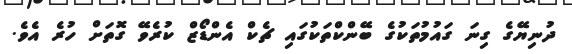
ދުނިޔޭގެ ގިނަ ގައުމުތަކުގެ ބޭންކްތަކުގައި ޗެކް އެންޑޯޒް ކުރެވޭ ގޮތަށް ހުރެ އެވެ.